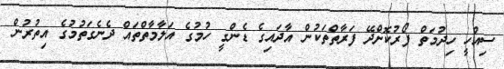
ސިއްހީ ހިދުމަތް ފޯރުކޮށްދޭ ފަރާތްތަކުން އާދައިގެ ޑެންގީ ހުމުގެ އަލާމާތްތައް ދެނެގަތުމުގެ އިތުރުން